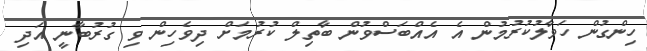
ހިންގުން ހަވާލުކުރުމުން އެ އެއްބަސްވުން ބާތިލް ކުރުމަށް ދިވެހިން ވި ގުރުބާނީ އަދި